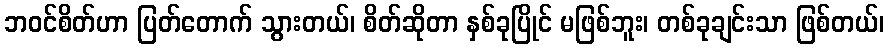
ဘဝင်စိတ်ဟာ ပြတ်တောက် သွားတယ်၊ စိတ်ဆိုတာ နှစ်ခုပြိုင် မဖြစ်ဘူး၊ တစ်ခုချင်းသာ ဖြစ်တယ်၊